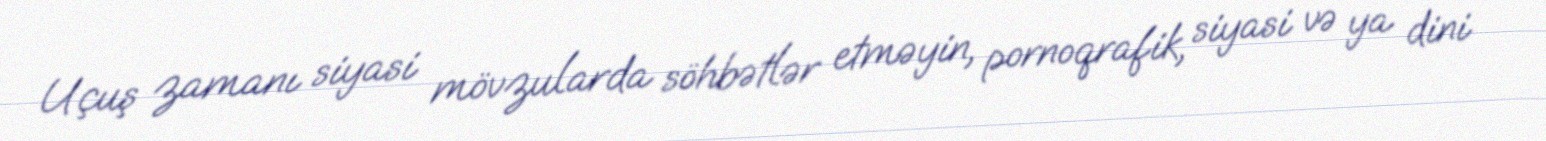
Uçuş zamanı siyasi mövzularda söhbətlər etməyin, pornoqrafik, siyasi və ya dini